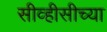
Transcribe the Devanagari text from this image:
सीव्हीसीच्या